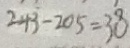
2 4 3 - 2 0 5 = 3 8